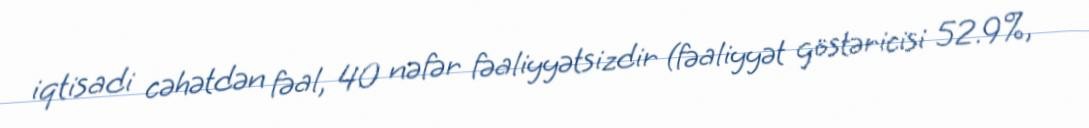
iqtisadi cəhətdən fəal, 40 nəfər fəaliyyətsizdir (fəaliyyət göstəricisi 52.9%,